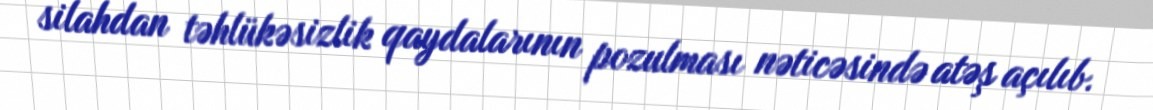
silahdan təhlükəsizlik qaydalarının pozulması nəticəsində atəş açılıb.